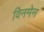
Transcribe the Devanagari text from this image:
विनमेन